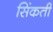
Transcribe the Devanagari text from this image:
सिंकती